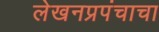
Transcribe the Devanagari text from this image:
लेखनप्रपंचाचा